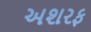
અશરફ